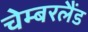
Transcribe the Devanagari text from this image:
चेम्बरलैंड